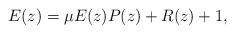
LaTeX: \begin{align*}E(z) = \mu E(z) P(z) + R(z) +1,\end{align*}